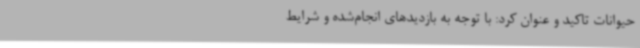
حیوانات تاکید و عنوان کرد: با توجه به بازدیدهای انجام‌شده و شرایط